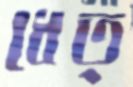
ধেত্